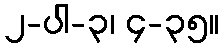
၂-ပါ-၃၊ ၄-၃၅။